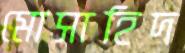
মোসাহিদ